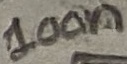
Text: 100n